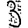
Digit: 3